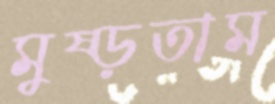
মুষ্‌ড়তাম